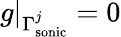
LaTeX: g|_{\Gamma_{\mathrm{sonic}}^{j}}=0